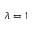
\lambda = 1